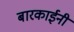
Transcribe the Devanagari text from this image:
बारकाईनी